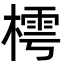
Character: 樗